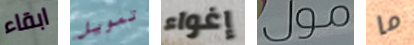
ابقاء تمويل إغواء مول ما